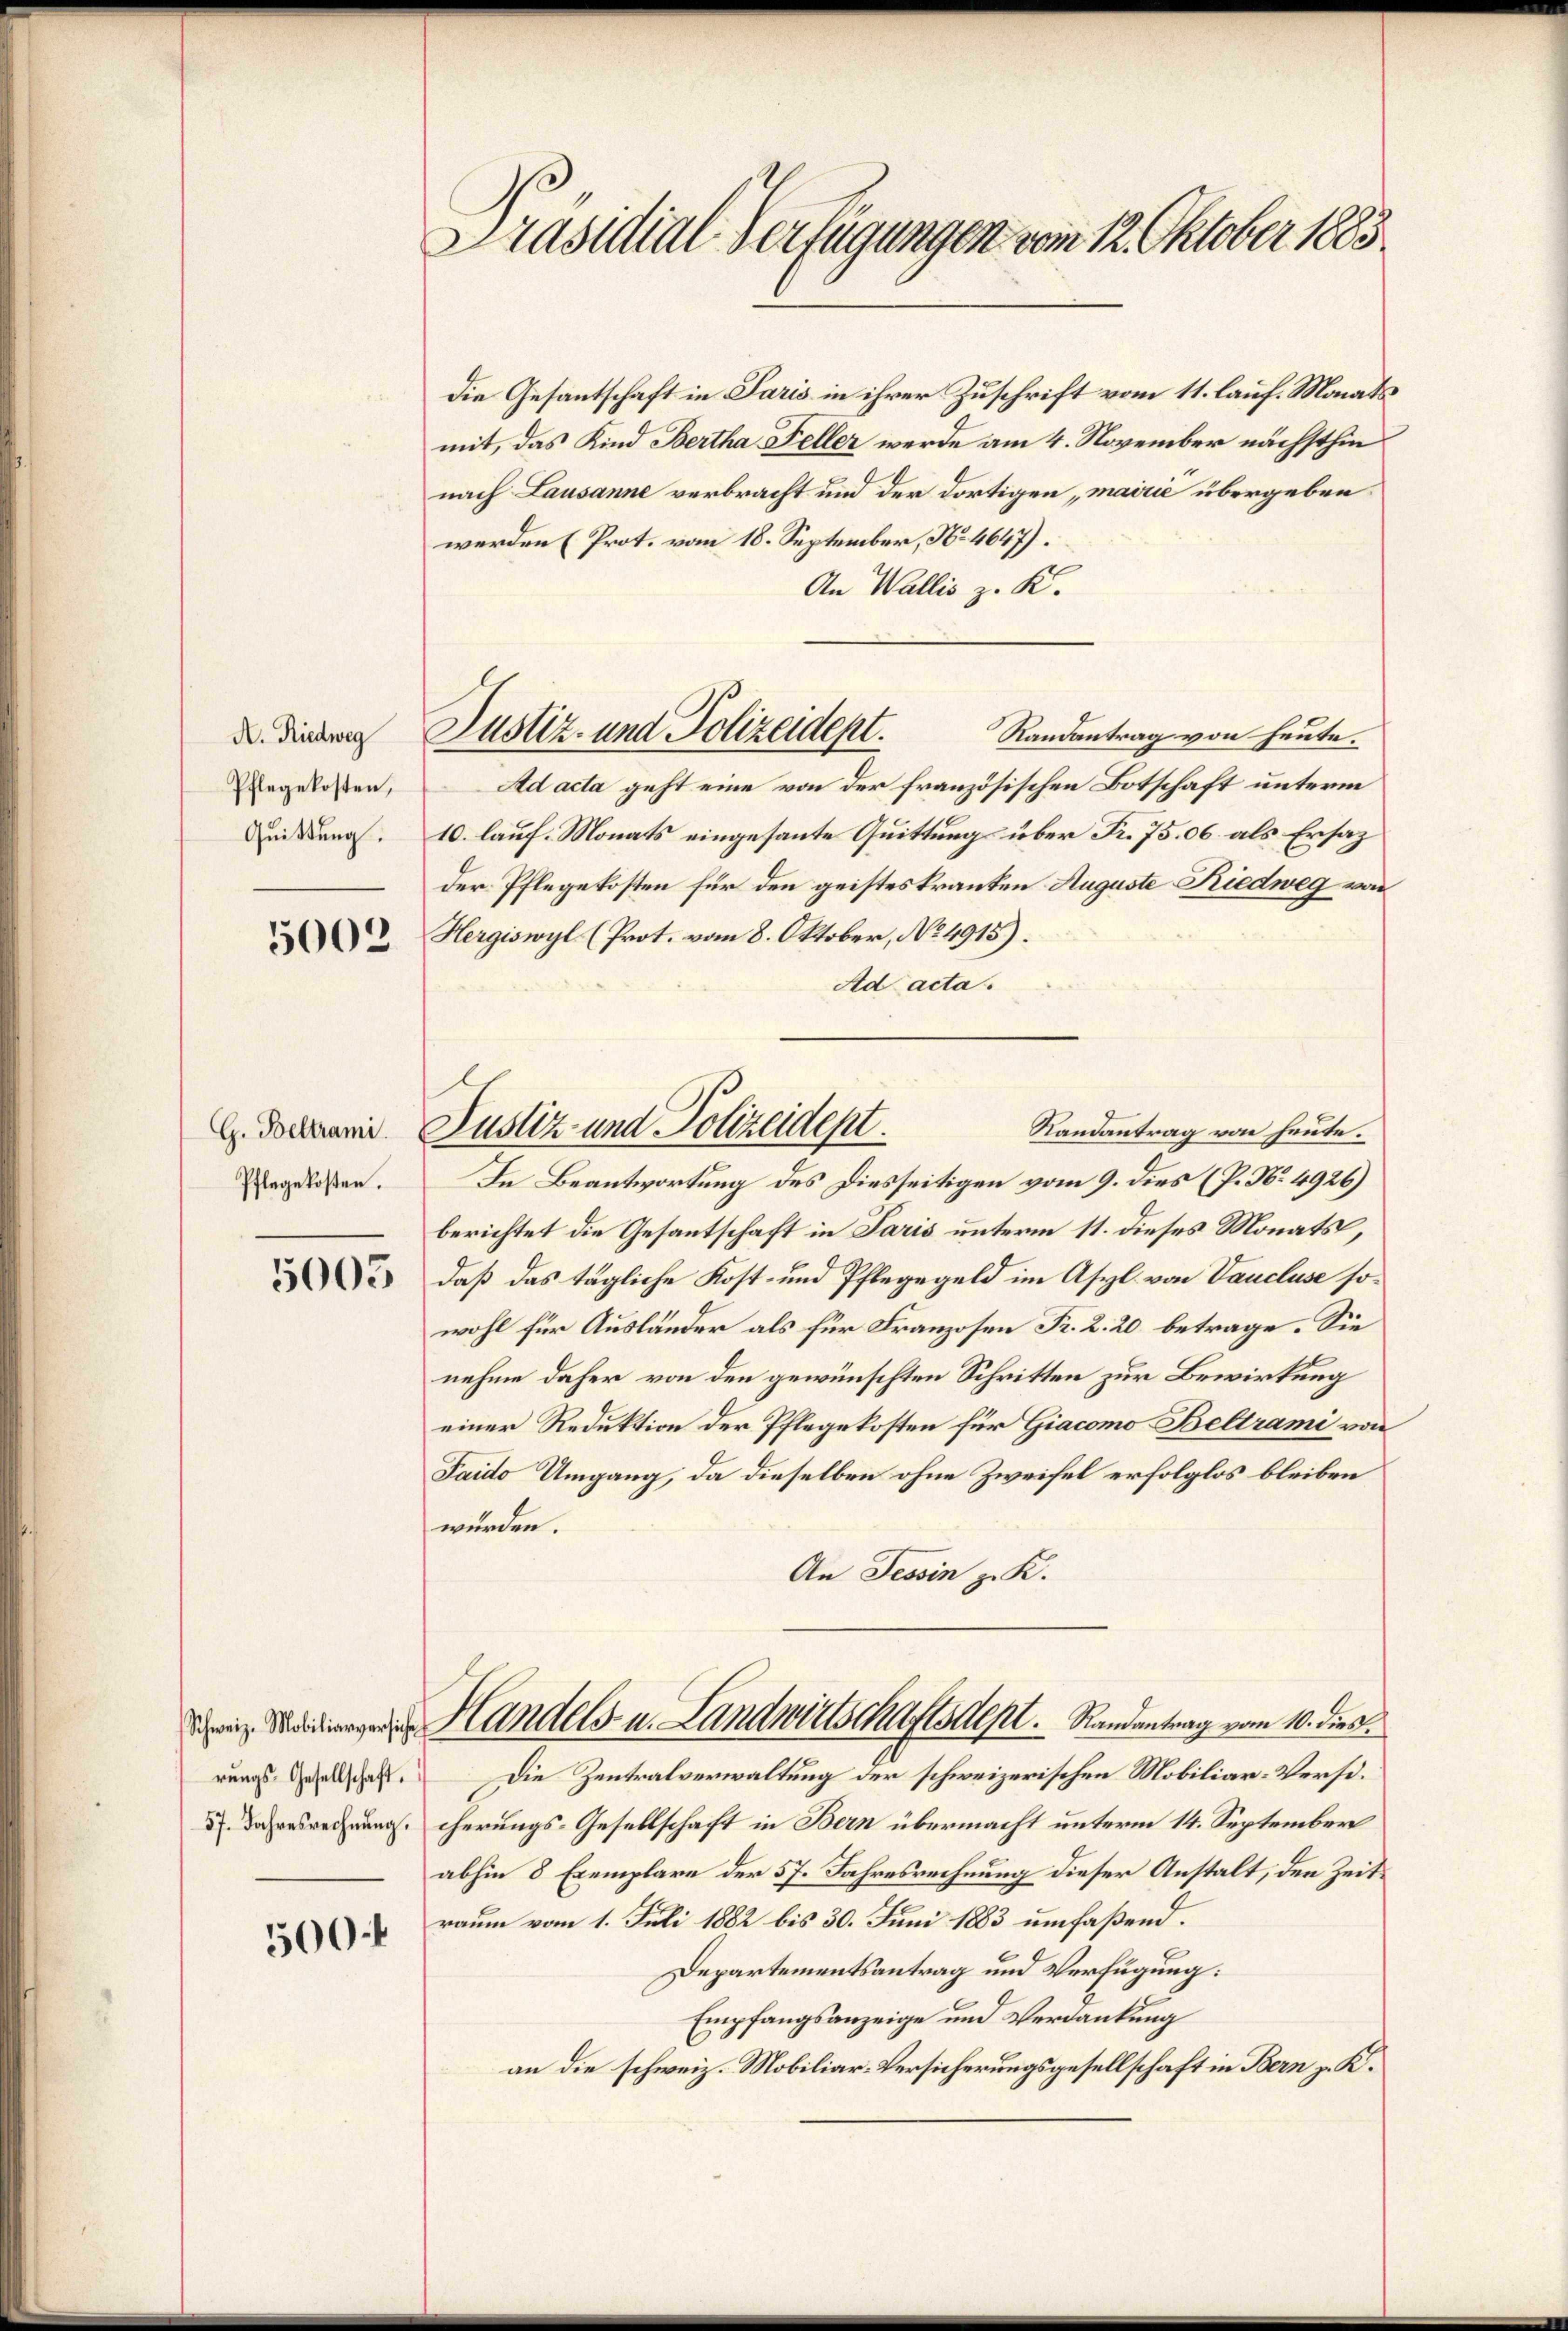
A. Riedweg
Pflegekosten,
Quittung.

5002

G. Beltrami
Pflegekosten.

5005

rungs-Gesellschaft.

500

Präsidial-Verfügungen vom 12. Oktober 1883

die Gesantschaft in Paris in ihrer Zuschrift vom 11. lauf. Monats
mit, das Kind Bertha Feller werde am 4. November nächsthin
nach Lausanne verbracht und der dortigen „mairić übergeben
werden (Prot. vom 18. September, No. 4647).
An Wallis z. K.
Randantrag von heute.
Ad acta geht eine von der französischen Botschaft unterm
10. lauf. Monats eingesante Quittung über Fr. 75.06 als Ersatz
der Pflegekosten für den geisteskranken Auguste Riedweg von
Hergiswyl (Prot. vom 8. Oktober, No 4915).
Ad acta.
In Beantwortung des Diesseitigen vom 9. dies (P. No. 4926)
berichtet die Gesantschaft in Paris unterm 11. dieses Monats,
daß das tägliche Kost- und Pflegegeld im Asyl. von Vaucluse sowohl für Ausländer als für Franzosen Fr. 2. 20 betrage. Sie
nehme daher von den gewünschten Schritten zur Bewirkung
einer Reduktion der Pflegekosten für Giacomo Beltrami von
Saido Umgang, da dieselben ohne Zweifel erfolglos bleiben
würden.
An Tessin z. K.
  Handels- u. Landwirtschaftsdept. Randantrag vom 10. dies
Die Zentralverwaltung der schweizerischen Mobiliar-Versi¬
2 Jahresrechnung cherungs-Gesellschaft in Bern übermacht unterm 14. September
abhin 8 Exemplare der 57. Jahresrechnung dieser Anstalt, den Zeitraum vom 1. Juli 1882 bis 30. Juni 1883 umfaßend.
Departementsantrag und Verfügung:
Empfangsanzeige und Verdankung
an die schweiz. Mobiliar-Versicherungsgesellschaft in Bern z. K.

Justiz- und Polizeidept.

Justiz- und Polizeidept.
Randantrag von heute.